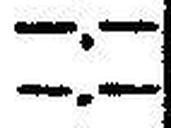
—.—